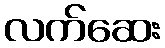
လက်ဆေး